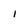
Character: 1